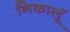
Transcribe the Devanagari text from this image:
निकालूॅ